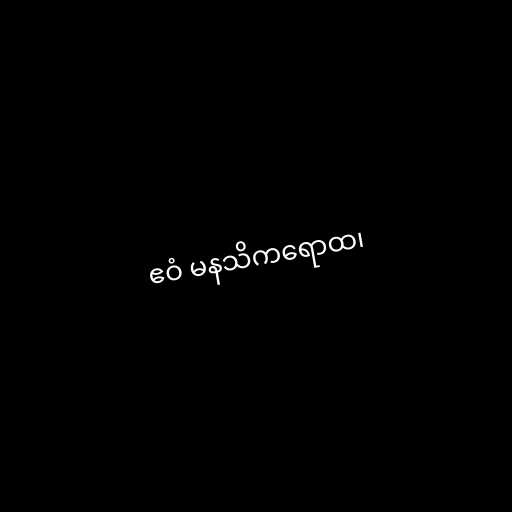
ဧဝံ မနသိကရောထ၊